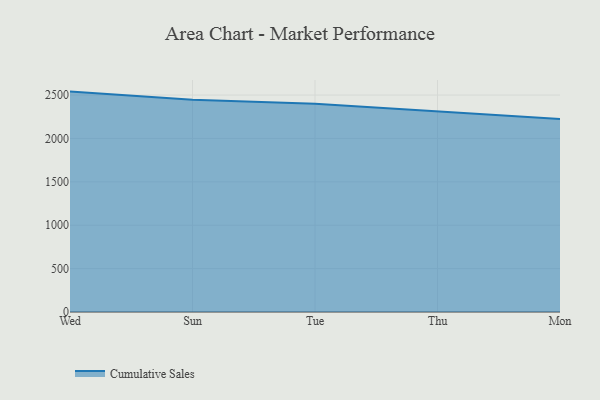
{"axis": {"x": "Day", "y": "Operating Costs (USD K)"}, "legend": ["Cumulative Sales"], "data": [{"x": "Wed", "y": 2539.7, "type": "Cumulative Sales"}, {"x": "Sun", "y": 2445.9, "type": "Cumulative Sales"}, {"x": "Tue", "y": 2400.2, "type": "Cumulative Sales"}, {"x": "Thu", "y": 2311.8, "type": "Cumulative Sales"}, {"x": "Mon", "y": 2224.9, "type": "Cumulative Sales"}]}